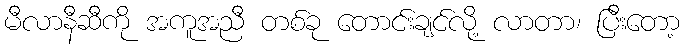
မီလာနီဆီကို အကူအညီ တစ်ခု တောင်းချင်လို့ လာတာ၊ ပြီးတော့